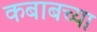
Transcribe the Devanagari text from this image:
कबाबच्या